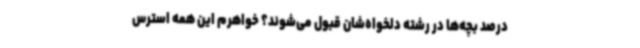
درصد بچه‌ها در رشته دلخواه‌شان قبول می‌شوند؟ خواهرم این همه استرس